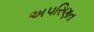
અપરિણત